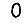
Digit: 0